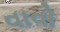
વાવો